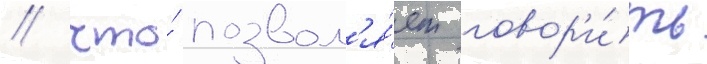
/ что́ позвол'я́ет говор'и́ть